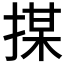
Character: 𢱖